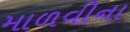
માળવીના